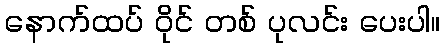
နောက်ထပ် ဝိုင် တစ် ပုလင်း ပေးပါ။